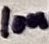
Text: 10n